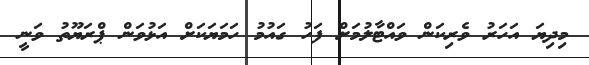
މިދިޔަ އަހަރު ވެރިކަން ވައްޓާލުމަށް ފަހު ގައުމު ހަމަޔަކަށް އަޅުވަން ޕްރަޔޫތު ވަނީ